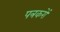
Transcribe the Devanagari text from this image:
पत्रकरों